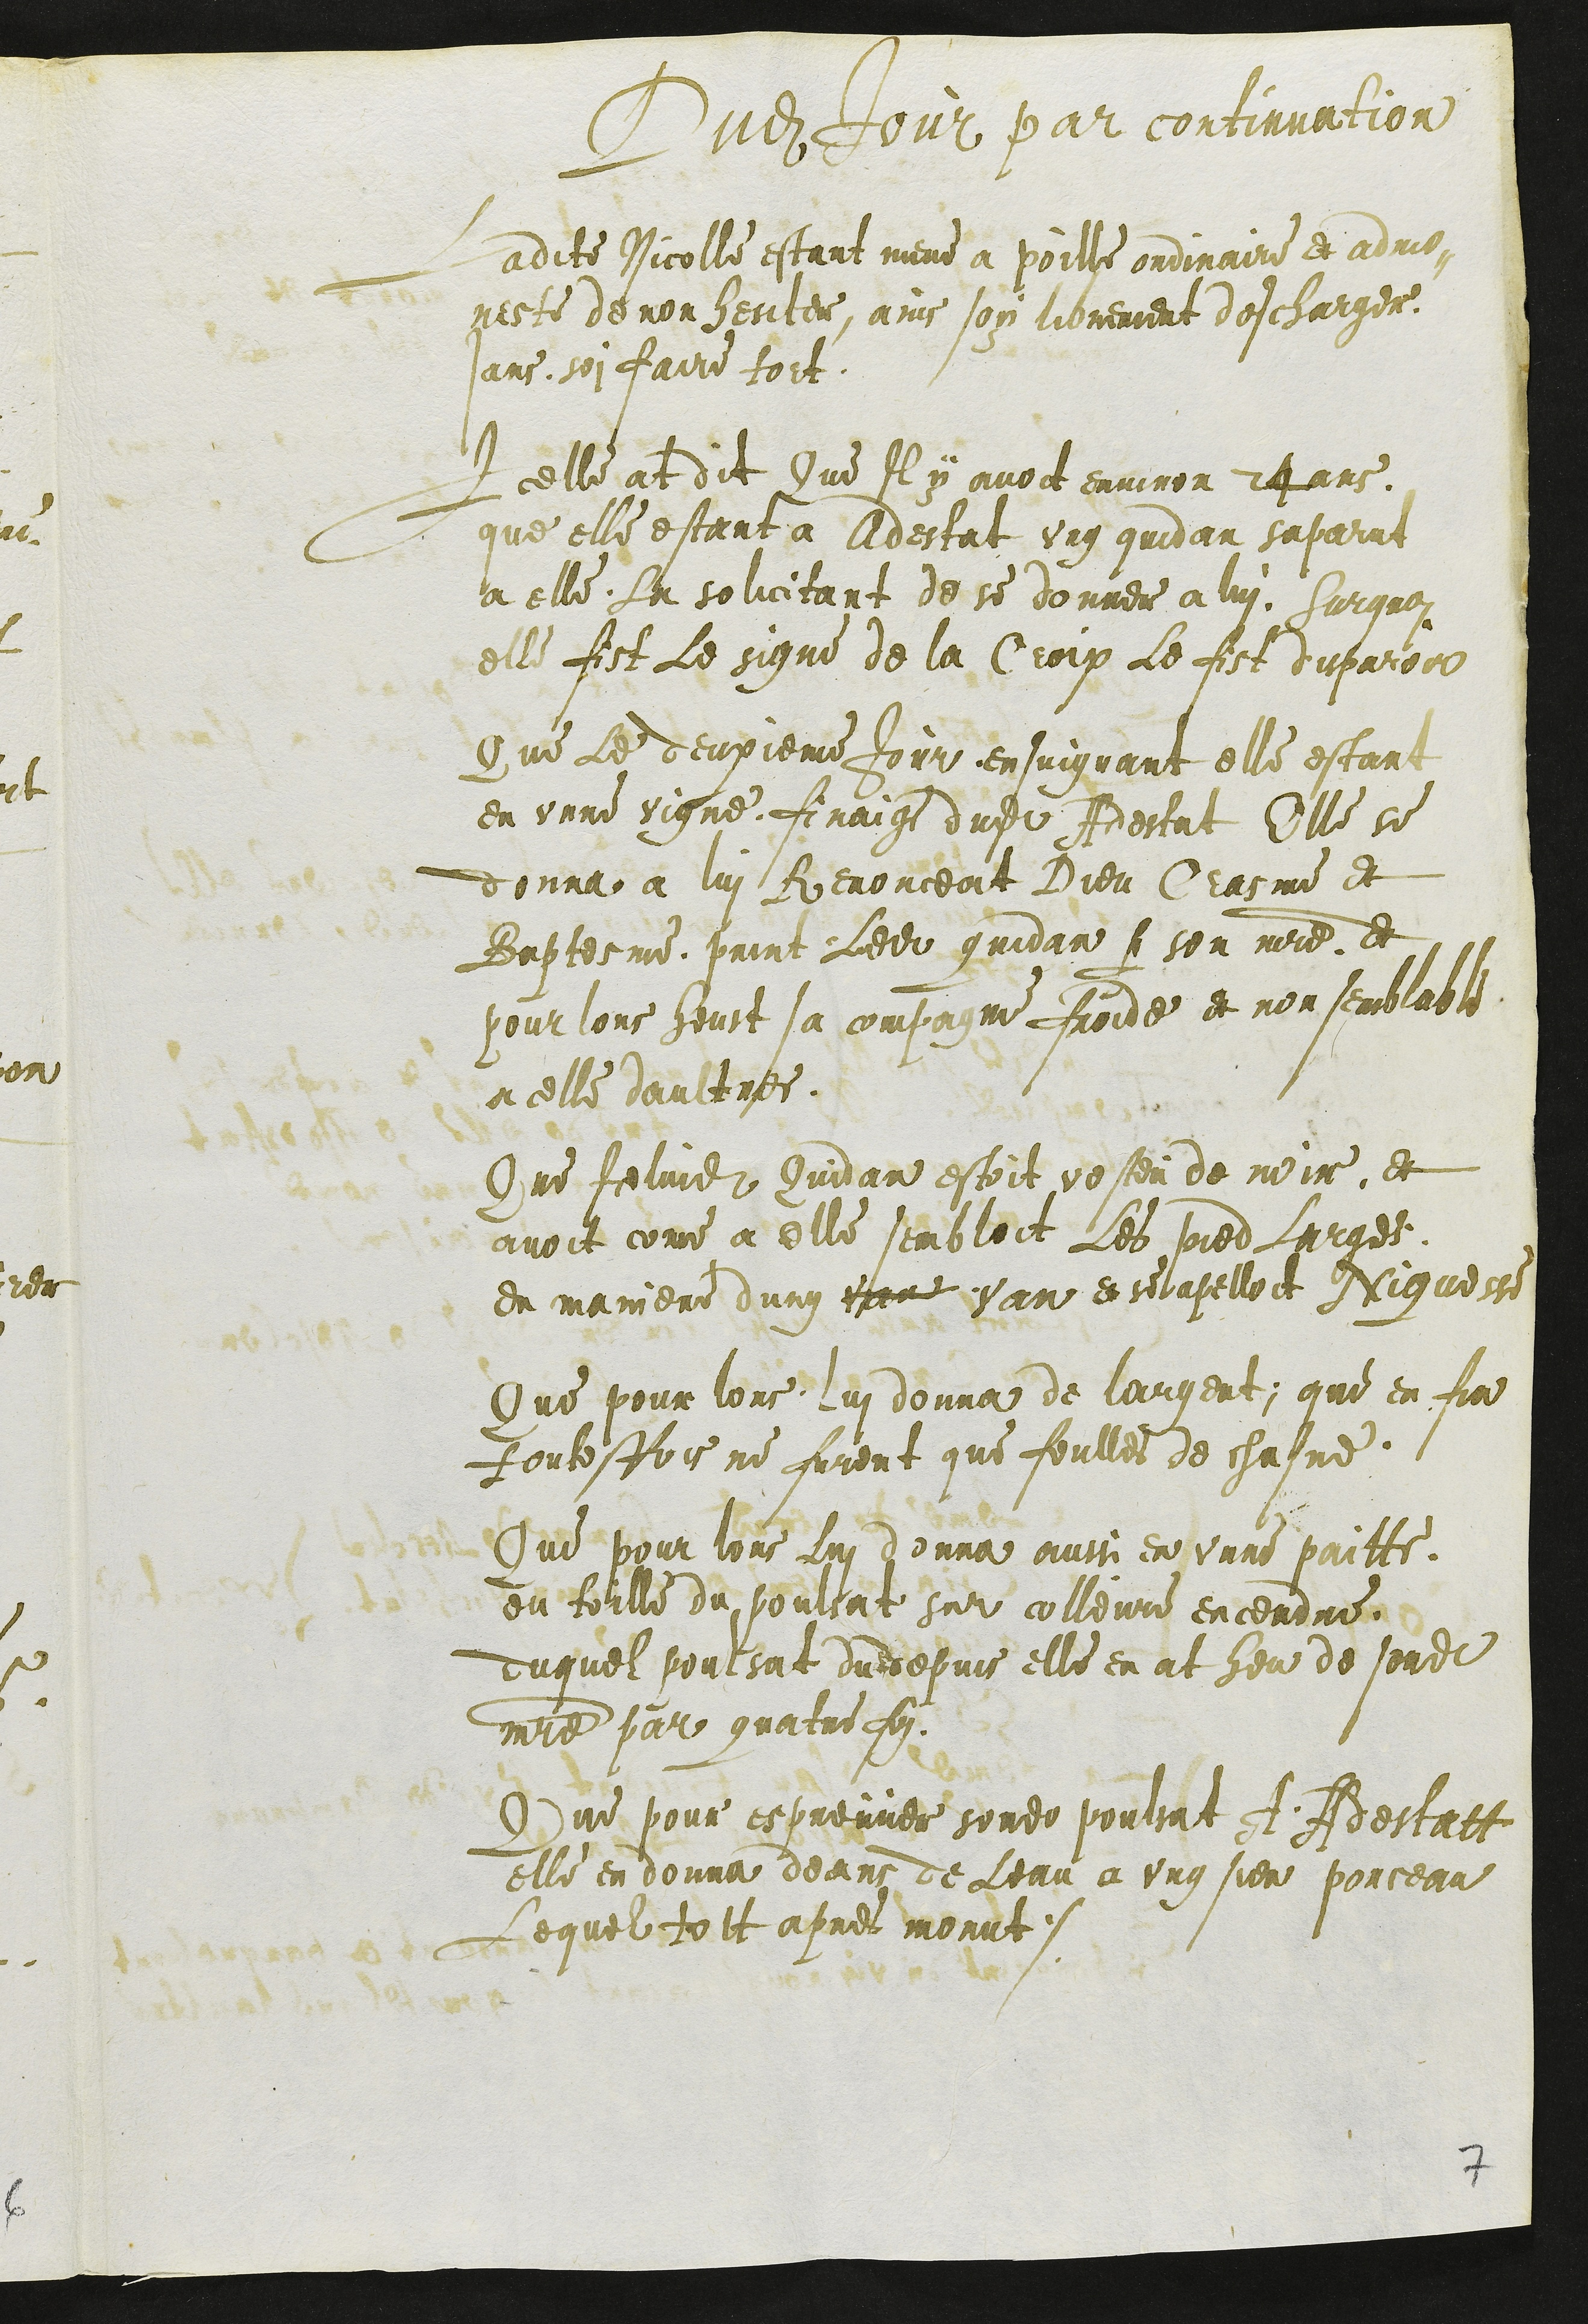
Dudit Jour par continuation
Ladite Nicolle estant mene a poille ordinaire et admo-
neste de non hesiter, ains soy librement descharger
sans soi faire tort.
Icelle at dit Que Il y avoit environ 24 ans
que elle estant a Adestat ung quidam saparut
a elle, la solicitant de se donner a lui. Surquoi
elle fist Le signe de la Croix Le fist disparoir
Que Le deuxieme Jour ensuigvant elle estant
en unne vigne, finaige dudit Adeslat Elle se
donna a lui Renonceat Dieu Crasme et
Baptesme, print Ledit quidam pour son maitre et
pour lors heust sa compagnie froide et non semblable
a celle daultres.
Que Iceluidit Quidam estoit vesteu de noir, et
avoir come a elle sembloit Les pied Larges
en maniere dung vane van et se apelloit Niguesse
Que pour lors lui donna de largent; que en fin
toutesfois ne furent que feulles de chasne.
Que pour lors Lui donna aussi en unne paitte
ou toille du poulsat sur colleure encendre
duquel poulsat dudepuis elle en at heu de sondit
maitre par quatre foi.
Que pour espreuver sondit poulsat A Adestatt
elle en donna deans de Leau a ung sien porceau
Lequel tost apres morut.